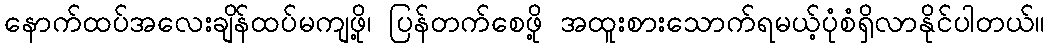
နောက်ထပ်အလေးချိန်ထပ်မကျဖို့၊ ပြန်တက်စေဖို့ အထူးစားသောက်ရမယ့်ပုံစံရှိလာနိုင်ပါတယ်။